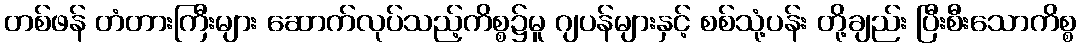
တစ်ဖန် တံတားကြီးများ ဆောက်လုပ်သည့်ကိစ္စ၌မူ ဂျပန်များနှင့် စစ်သုံ့ပန်း တို့ချည်း ပြီးစီးသောကိစ္စ